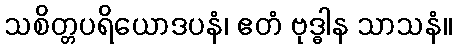
သစိတ္တပရိယောဒပနံ၊ ဧတံ ဗုဒ္ဓါန သာသနံ။